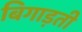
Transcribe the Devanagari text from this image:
बिगाड़ती